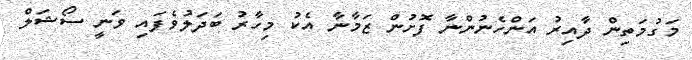
މަގުމަތިން ދާއިރު އަންހެނުންނާ ފޮށުން ޒަމާނާ އެކު މިހާރު ބަދަލުވެފައި ވަނީ ސޯޝަލް